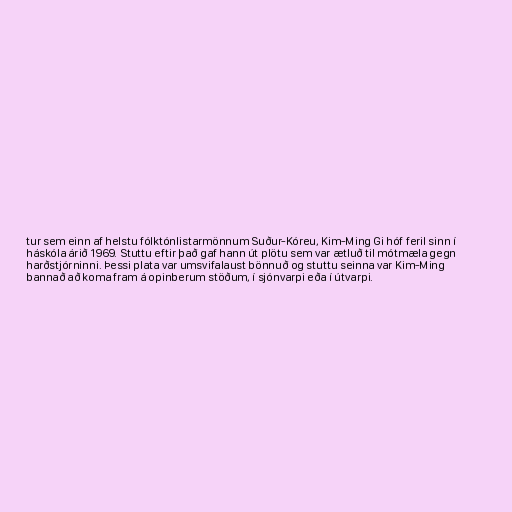
tur sem einn af helstu fólktónlistarmönnum Suður-Kóreu, Kim-Ming Gi hóf feril sinn í
háskóla árið 1969. Stuttu eftir það gaf hann út plötu sem var ætluð til mótmæla gegn
harðstjórninni. Þessi plata var umsvifalaust bönnuð og stuttu seinna var Kim-Ming
bannað að koma fram á opinberum stöðum, í sjónvarpi eða í útvarpi.